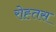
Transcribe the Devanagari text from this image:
रोह्तस